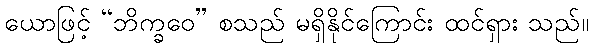
ယောဖြင့် “ဘိက္ခဝေ” စသည် မရှိနိုင်ကြောင်း ထင်ရှား သည်။